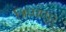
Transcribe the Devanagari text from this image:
त्रिप्पप्पुर्